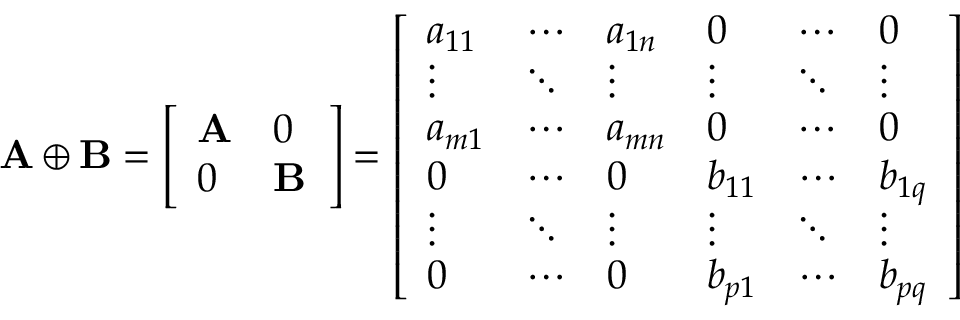
\mathbf { A } \oplus \mathbf { B } = { \left[ \begin{array} { l l } { \mathbf { A } } & { { \boldsymbol { 0 } } } \\ { { \boldsymbol { 0 } } } & { \mathbf { B } } \end{array} \right] } = { \left[ \begin{array} { l l l l l l } { a _ { 1 1 } } & { \cdots } & { a _ { 1 n } } & { 0 } & { \cdots } & { 0 } \\ { \vdots } & { \ddots } & { \vdots } & { \vdots } & { \ddots } & { \vdots } \\ { a _ { m 1 } } & { \cdots } & { a _ { m n } } & { 0 } & { \cdots } & { 0 } \\ { 0 } & { \cdots } & { 0 } & { b _ { 1 1 } } & { \cdots } & { b _ { 1 q } } \\ { \vdots } & { \ddots } & { \vdots } & { \vdots } & { \ddots } & { \vdots } \\ { 0 } & { \cdots } & { 0 } & { b _ { p 1 } } & { \cdots } & { b _ { p q } } \end{array} \right] }